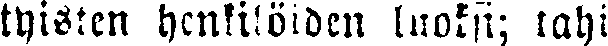
tyisten henkilöiden luoksi; tahi